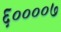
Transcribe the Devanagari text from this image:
६००००७